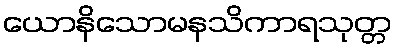
ယောနိသောမနသိကာရသုတ္တ